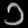
Digit: ၁